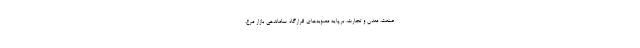
صنعت، معدن و تجارت، برپایه مصوبه‌های قرارگاه ساماندهی بازار مرغ،